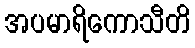
အပမာရိကောသီတိ